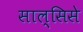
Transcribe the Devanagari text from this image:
साल्सिसे